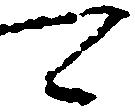
可